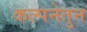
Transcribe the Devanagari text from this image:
कल्पनेतुन